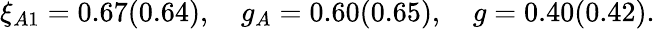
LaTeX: \xi_{A1}=0.67(0.64),~~~~g_{A}=0.60(0.65),~~~~g=0.40(0.42).